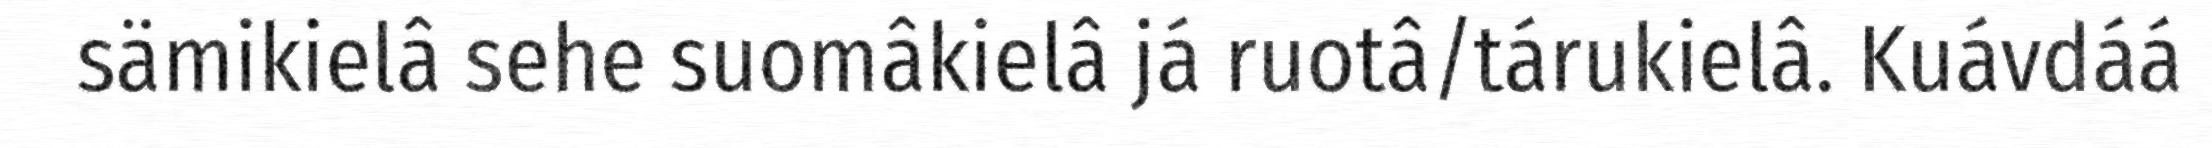
sämikielâ sehe suomâkielâ já ruotâ/tárukielâ. Kuávdáá